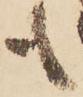
も